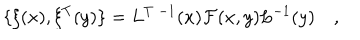
LaTeX: \{ \xi ( x ) , \xi ^ { T } ( y ) \} = L ^ { T \; - 1 } ( x ) { \cal F } ( x , y ) L ^ { - 1 } ( y ) \quad ,